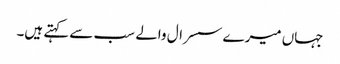
جہاں میرے سسرال والے سب سے کہتے ہیں۔